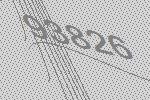
93826